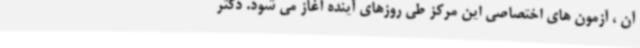
آن ، آزمون های اختصاصی این مرکز طی روزهای آینده آغاز می شود. دکتر